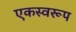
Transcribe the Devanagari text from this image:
एकस्वरूप